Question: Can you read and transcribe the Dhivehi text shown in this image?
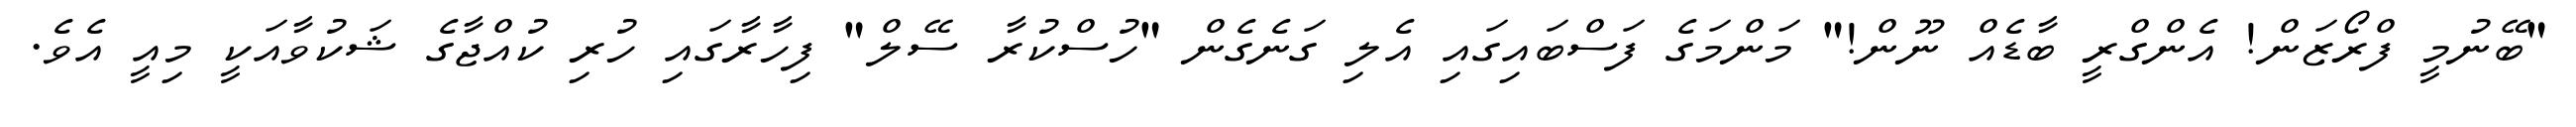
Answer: "ބޭނުމީ ފްރޯޒަން! އެންގްރީ ބާޑެއް ނޫން!" މަންމަގެ ފަސްބައިގައި އެލި ގަނެގެން "ހުސްކުރާ ސޭލް" ފިހާރާގައި ހުރި ކުއްޖާގެ ޝަކުވާއަކީ މިއީ އެވެ.